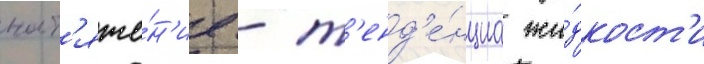
нат'яже́н'ие - т'енд'е́нциа жи́дкост'и